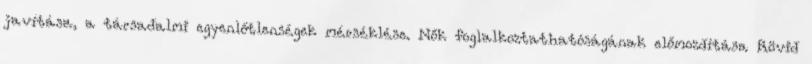
javítása, a társadalmi egyenlőtlenségek mérséklése. Nők foglalkoztathatóságának előmozdítása Rövid